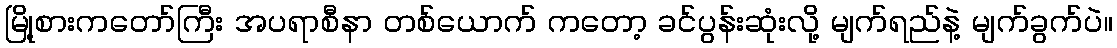
မြို့စားကတော်ကြီး အပရာစီနာ တစ်ယောက် ကတော့ ခင်ပွန်းဆုံးလို့ မျက်ရည်နဲ့ မျက်ခွက်ပဲ။